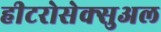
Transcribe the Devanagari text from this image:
हीटरोसेक्सुअल